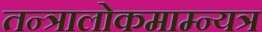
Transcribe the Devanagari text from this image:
तन्त्रालोकमाम्न्यत्र